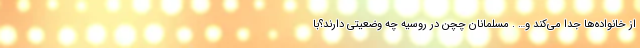
از خانواده‌ها جدا مي‌کند و… . مسلمانان چچن در روسيه چه وضعيتي دارند؟با